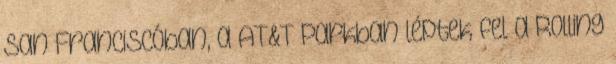
San Franciscóban, a AT&T Parkban léptek fel a Rolling